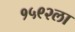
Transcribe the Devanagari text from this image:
१५९२ला